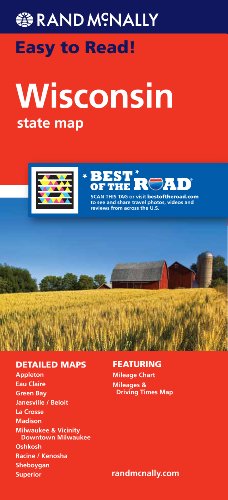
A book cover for Rand McNally Easy To Read: Wisconsin State Map; Rand McNally; Travel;